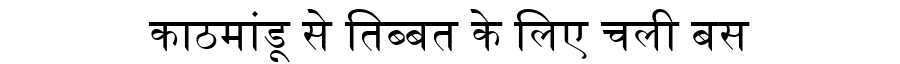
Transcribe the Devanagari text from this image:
काठमांडू से तिब्बत के लिए चली बस